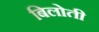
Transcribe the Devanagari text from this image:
बिलोती